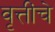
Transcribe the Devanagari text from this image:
वृत्तींचे